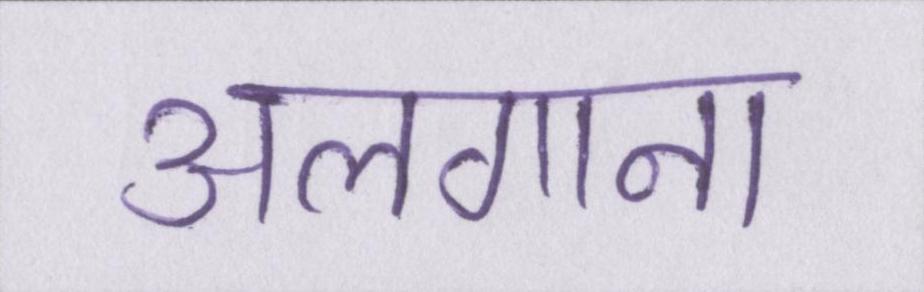
अलगाना